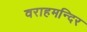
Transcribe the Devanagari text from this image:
वराहमन्दिर